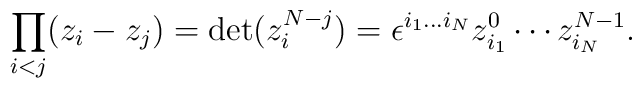
\prod_{i<j} (z_i-z_j) = {\rm det}(z_i^{N-j})=\epsilon ^{i_1...i_N}z_{i_1}^{0}\cdots z_{i_N}^{N-1}.